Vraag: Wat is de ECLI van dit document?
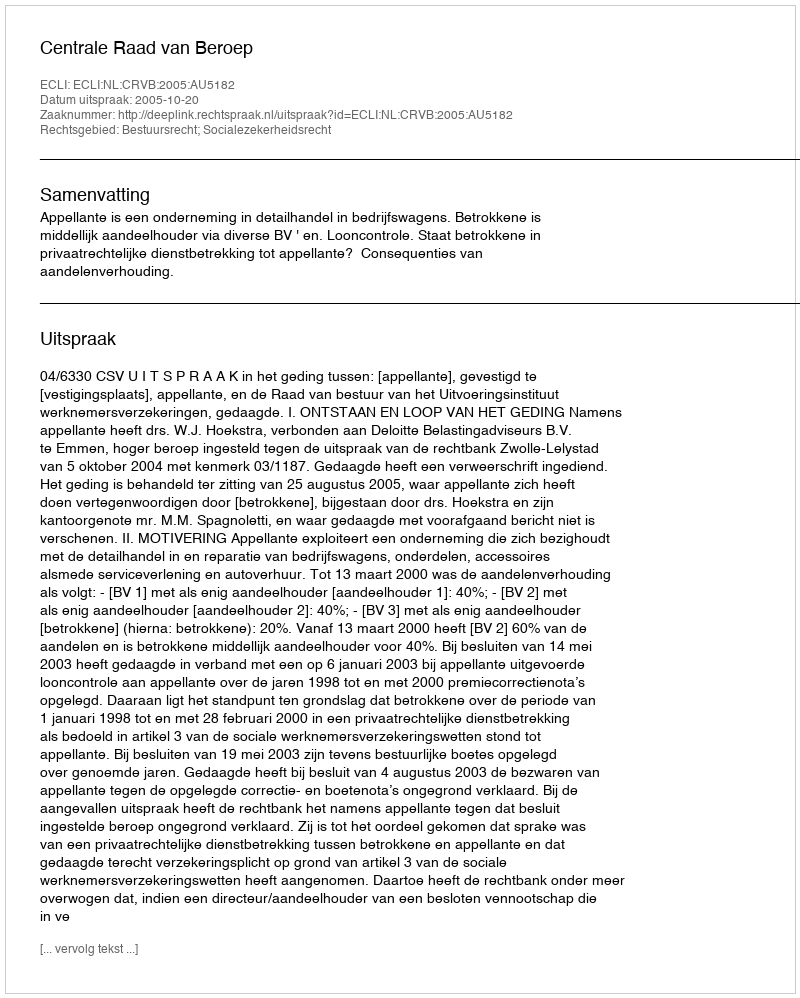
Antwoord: ECLI:NL:CRVB:2005:AU5182